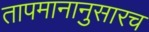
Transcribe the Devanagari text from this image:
तापमानानुसारच